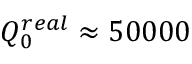
Q _ { 0 } ^ { r e a l } \approx 5 0 0 0 0